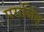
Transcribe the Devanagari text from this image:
पराजित्